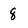
Character: 8